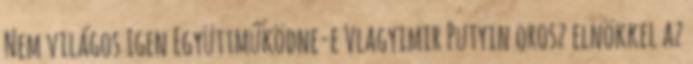
Nem világos Igen Együttműködne-e Vlagyimir Putyin orosz elnökkel az